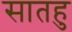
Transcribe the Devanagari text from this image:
सातहु